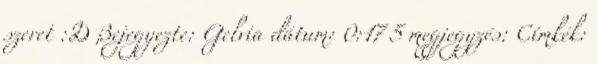
szeret :D Bejegyezte: Gelvia dátum: 0:17 5 megjegyzés: Címkék: